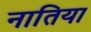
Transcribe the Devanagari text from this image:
नातिया